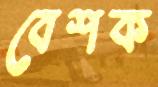
বেশক